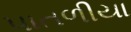
પાતળીયા